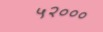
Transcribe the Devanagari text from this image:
५२०००